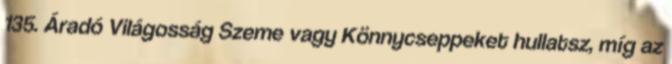
135. Áradó Világosság Szeme vagy Könnycseppeket hullatsz, míg az